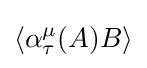
\left\langle \alpha _{\tau }^{\mu }(A)B\right\rangle